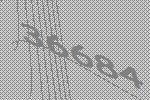
36684